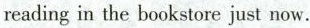
readingin the bookstore just now.